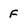
Character: F